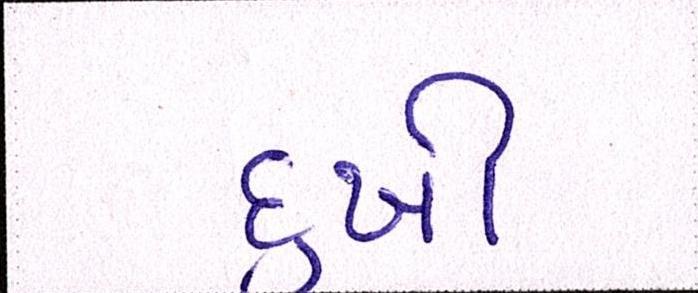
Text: દુખી